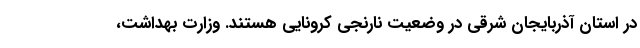
در استان آذربایجان شرقی در وضعیت نارنجی کرونایی هستند. وزارت بهداشت،